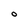
Character: O